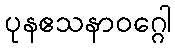
ပုနဧသနာဝဂ္ဂေါ